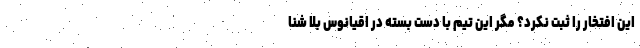
این افتخار را ثبت نکرد؟ مگر این تیم با دست بسته در اقیانوس بلا شنا